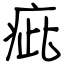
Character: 疵